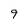
Character: 9